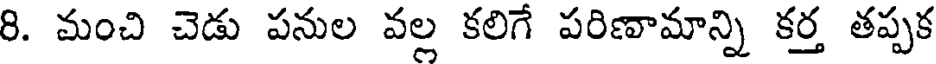
8. మంచి చెడు పనుల వల్ల కలిగే పరిణామాన్ని కర్త తప్పక